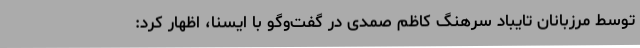
توسط مرزبانان تایباد سرهنگ کاظم صمدی در گفت‌وگو با ایسنا، اظهار کرد: